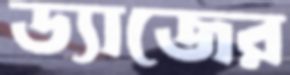
ড্যাজের